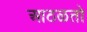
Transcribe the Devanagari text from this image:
आठळतो